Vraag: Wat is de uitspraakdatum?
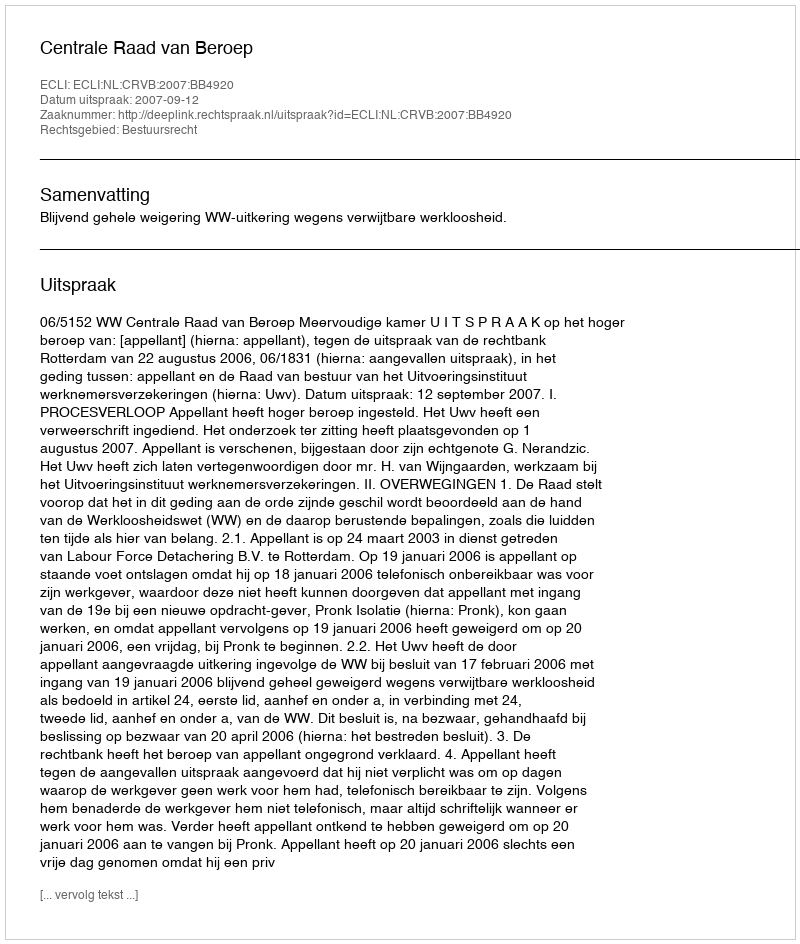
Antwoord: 2007-09-12